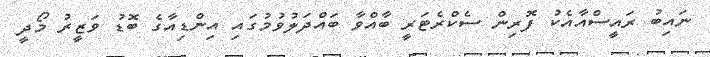
ނައިބު ރައީސްއާއެކު ފޮރިން ސެކްރެޓަރީ ބާއްވާ ބައްދަލުވުމުގައި އިންޑިއާގެ ބޮޑު ވަޒީރު މޯދީ